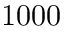
1 0 0 0